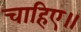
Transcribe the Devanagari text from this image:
चाहिए॥